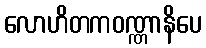
လောဟိတကဝဏ္ဏာနိပေ